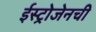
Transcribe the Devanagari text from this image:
ईस्ट्रोजेनची